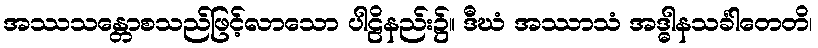
အဿသန္တောစသည်ဖြင့်လာသော ပါဠိနည်း၌။ ဒီဃံ အဿာသံ အဒ္ဓါနသင်္ခါတေတိ၊